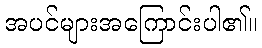
အပင်များအကြောင်းပါ၏။